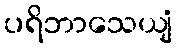
ပရိဘာသေယျံ